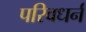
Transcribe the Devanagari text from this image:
परिवधर्न